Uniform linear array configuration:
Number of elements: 48
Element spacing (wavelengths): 0.5
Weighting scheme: binomial
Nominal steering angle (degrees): -45
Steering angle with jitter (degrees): -44.618
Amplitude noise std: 0.05
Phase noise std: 0.05

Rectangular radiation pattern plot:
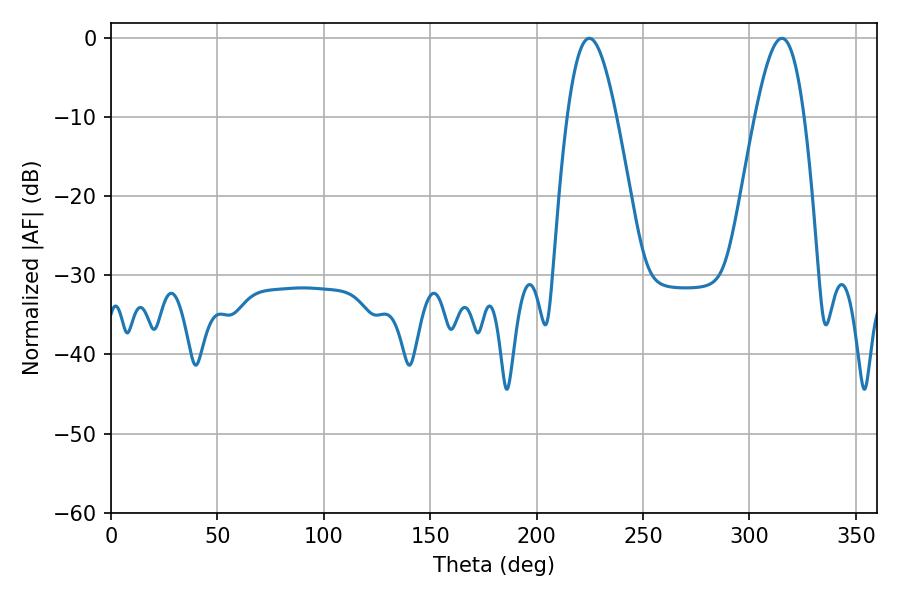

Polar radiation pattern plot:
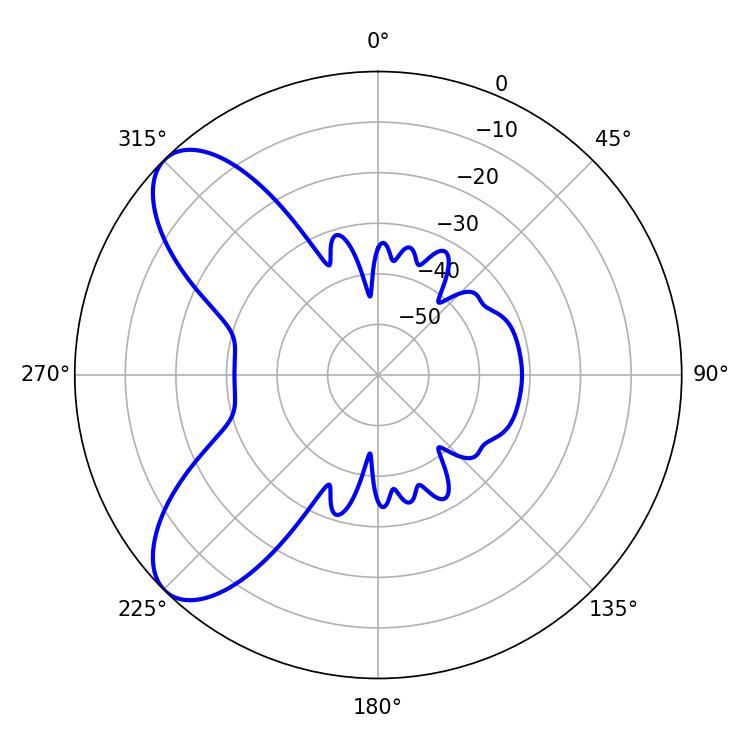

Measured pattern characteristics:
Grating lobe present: FALSE
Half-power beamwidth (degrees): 12.42
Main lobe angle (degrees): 224.82